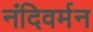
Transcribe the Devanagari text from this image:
नंदिवर्मन